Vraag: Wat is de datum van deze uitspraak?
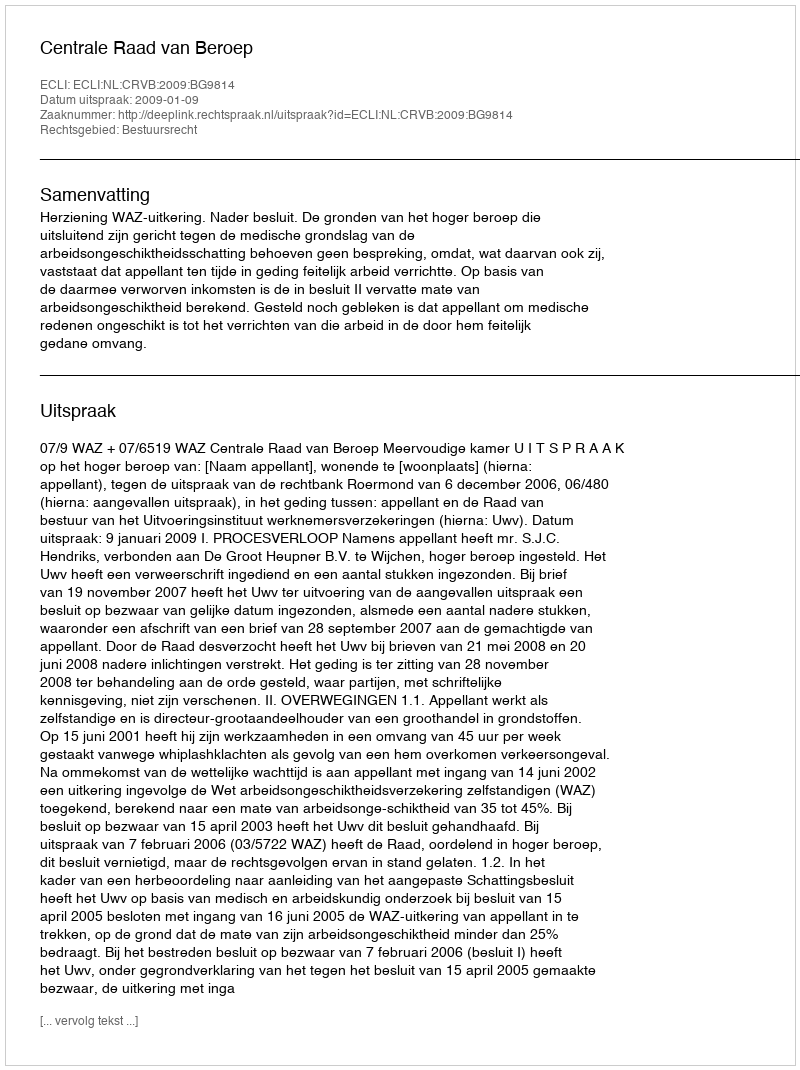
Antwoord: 2009-01-09